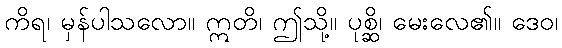
ကိရ၊ မှန်ပါသလော။ ဣတိ၊ ဤသို့။ ပုစ္ဆိ၊ မေးလေ၏။ ဒေဝ၊